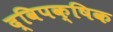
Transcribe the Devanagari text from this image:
द्विपक्षिक